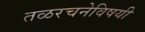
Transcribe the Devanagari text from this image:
तळरचनेविषयी